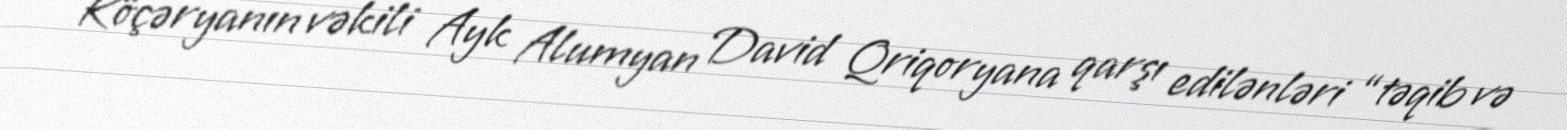
Köçəryanın vəkili Ayk Alumyan David Qriqoryana qarşı edilənləri “təqib və